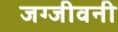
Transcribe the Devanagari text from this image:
जग्जीवनी